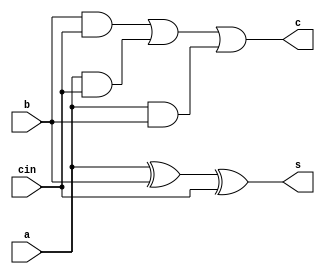
module ysyx_2022040010_fb (
  input  a,b,cin,
  output s,c
);
  wire s1,t1,t2,t3;
  assign s1 = a^b;
  assign s = s1^cin;
  assign t3 = a&b;
  assign t2 = a&cin;
  assign t1 = b&cin;
  assign c = t1|t2|t3;
endmodule